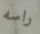
راسه